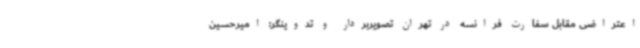
اعتراضی مقابل سفارت فرانسه در تهران تصویربردار و تدوینگر: امیرحسین